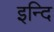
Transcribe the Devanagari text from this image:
इन्दि